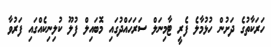
ހަރަކާތުގެ ދަށުން ހުޅުމާލެ ފެރީ ޓާމިނަލް ސަރަހައްދުގައި މޮބައިލް ފުލޫ ކުލިނިކެއްގައި ފަރުވާ